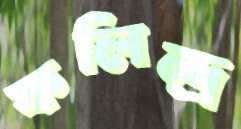
কলিন্দ্র